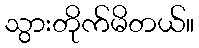
သွားတိုက်မိတယ်။